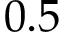
0 . 5